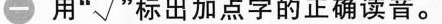
一 用”√”标出加点字的正确读音。